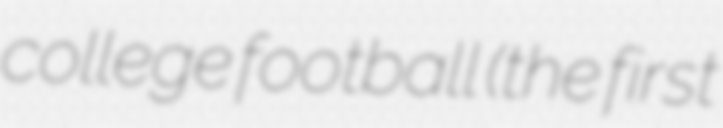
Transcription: college football (the first